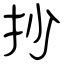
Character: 抄